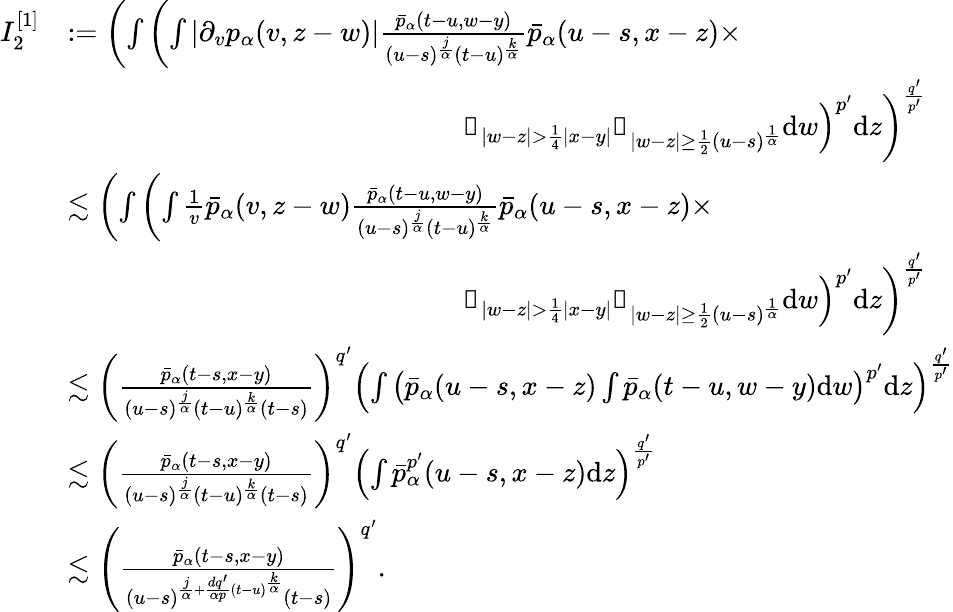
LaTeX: \begin{array}{rl}{I_{2}^{[1]}}&{:=\left(\int\left(\int|\partial_{v}p_{\alpha}(v,z-w)|\frac{\bar{p}_{\alpha}(t-u,w-y)}{(u-s)^{\frac{j}{\alpha}}(t-u)^{\frac{k}{\alpha}}}\bar{p}_{\alpha}(u-s,x-z)\times\right.\right.}\\ &{\qquad\qquad\qquad\qquad\qquad\qquad\qquad\left.\left.\mathbb{1}_{|w-z|>\frac{1}{4}|x-y|}\mathbb{1}_{|w-z|\geq\frac{1}{2}(u-s)^{\frac{1}{\alpha}}}\mathrm{d}w\right)^{p^{\prime}}\mathrm{d}z\right)^{\frac{q^{\prime}}{p^{\prime}}}}\\ &{\lesssim\left(\int\left(\int\frac{1}{v}\bar{p}_{\alpha}(v,z-w)\frac{\bar{p}_{\alpha}(t-u,w-y)}{(u-s)^{\frac{j}{\alpha}}(t-u)^{\frac{k}{\alpha}}}\bar{p}_{\alpha}(u-s,x-z)\times\right.\right.}\\ &{\qquad\qquad\qquad\qquad\qquad\qquad\qquad\left.\left.\mathbb{1}_{|w-z|>\frac{1}{4}|x-y|}\mathbb{1}_{|w-z|\geq\frac{1}{2}(u-s)^{\frac{1}{\alpha}}}\mathrm{d}w\right)^{p^{\prime}}\mathrm{d}z\right)^{\frac{q^{\prime}}{p^{\prime}}}}\\ &{\lesssim\left(\frac{\bar{p}_{\alpha}(t-s,x-y)}{(u-s)^{\frac{j}{\alpha}}(t-u)^{\frac{k}{\alpha}}(t-s)}\right)^{q^{\prime}}\left(\int\left(\bar{p}_{\alpha}(u-s,x-z)\int\bar{p}_{\alpha}(t-u,w-y)\mathrm{d}w\right)^{p^{\prime}}\mathrm{d}z\right)^{\frac{q^{\prime}}{p^{\prime}}}}\\ &{\lesssim\left(\frac{\bar{p}_{\alpha}(t-s,x-y)}{(u-s)^{\frac{j}{\alpha}}(t-u)^{\frac{k}{\alpha}}(t-s)}\right)^{q^{\prime}}\left(\int\bar{p}_{\alpha}^{p^{\prime}}(u-s,x-z)\mathrm{d}z\right)^{\frac{q^{\prime}}{p^{\prime}}}}\\ &{\lesssim\left(\frac{\bar{p}_{\alpha}(t-s,x-y)}{(u-s)^{\frac{j}{\alpha}+\frac{dq^{\prime}}{\alpha p}(t-u)^{\frac{k}{\alpha}}}(t-s)}\right)^{q^{\prime}}.}\end{array}